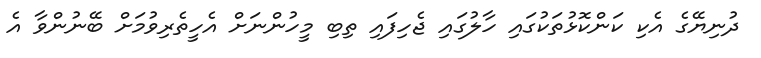
ދުނިޔޭގެ އެކި ކަންކޮޅުތަކުގައި ހާލުގައި ޖެހިފައި ތިބި މީހުންނަށް އެހީތެރިވުމަށް ބޭނުންވާ އެ